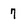
Character: 7